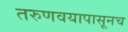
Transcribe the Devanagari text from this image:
तरुणवयापासूनच